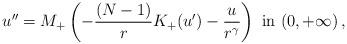
LaTeX: \begin{align*}u''= M_+\left( - \frac{(N-1)}{r} K_+ (u') -\frac{u}{r^\gamma}\right) \hbox{ in } (0,+\infty)\, ,\end{align*}